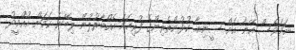
ނަމަވެސް އޭނާ އަށް ސީނިއާ ކުޅުންތެރިންގެ ފުރިހަމަ އެއްބާރުލުން ލިބޭނެ ކަމަށް އުއްމީދު